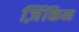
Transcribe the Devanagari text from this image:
ज़िंकिन